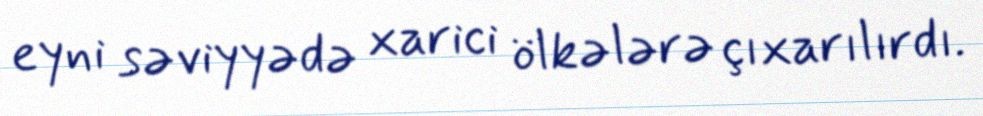
eyni səviyyədə xarici ölkələrə çıxarılırdı.